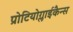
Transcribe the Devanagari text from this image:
प्रोटियोग्लाईकैन्स